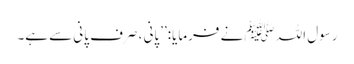
رسول اللہ ﷺ نے فرمایا:’’پانی ، صرف پانی سے ہے۔